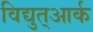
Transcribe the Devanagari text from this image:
विद्युत्आर्क